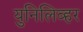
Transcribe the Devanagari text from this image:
युनिलिव्हर